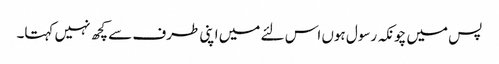
پس میں چونکہ رسول ہوں اس لئے میں اپنی طرف سے کچھ نہیں کہتا۔